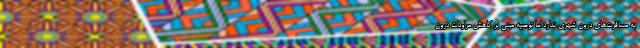
به مسافرت‌های درون شهری ندارد اما توصیه مبنی بر کاهش مراودات درون